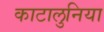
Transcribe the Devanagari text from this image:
काटालुनिया